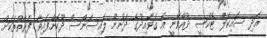
އަދި ސައިކަލް ޓެކްސީ ދުއްވޭނީ އެ ގަވާއިދުގެ ދަށުން ލައިސަންސް ދޫކޮށްފައިވާ ފަރާތްތަކަށް